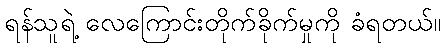
ရန်သူရဲ့ လေကြောင်းတိုက်ခိုက်မှုကို ခံရတယ်။